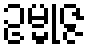
ဥမ္မုဇ္ဇ